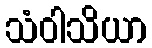
သံဝါသိယာ